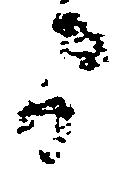
間